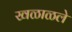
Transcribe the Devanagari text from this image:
खळाळले